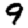
Digit: 9